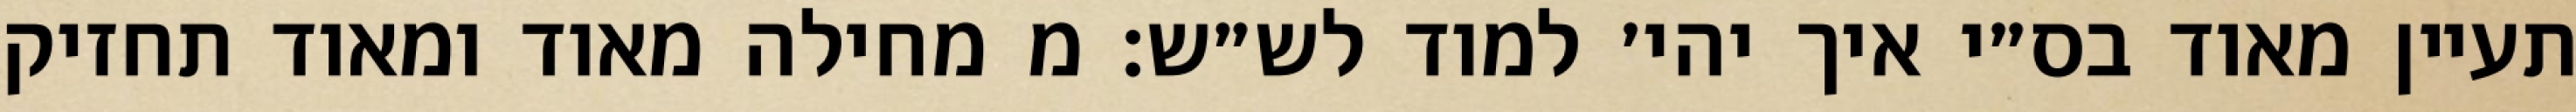
תעיין מאוד בס״י איך יהי׳ למוד לש״ש: מ מחילה מאוד ומאוד תחזיק